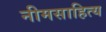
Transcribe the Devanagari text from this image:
नीमसाहित्य